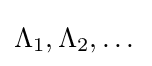
\textstyle \Lambda _{1},\Lambda _{2},\dots